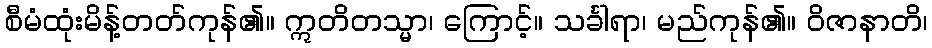
စီမံထုံးမိန့်တတ်ကုန်၏။ ဣတိတသ္မာ၊ ကြောင့်။ သင်္ခါရာ၊ မည်ကုန်၏။ ဝိဇာနာတိ၊